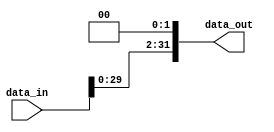
module Shifterleft32(
  input wire [31:0] data_in,
  output wire [31:0] data_out
);

  assign data_out = data_in << 2;

endmodule